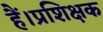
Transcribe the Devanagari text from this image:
हैं।प्रशिक्षक